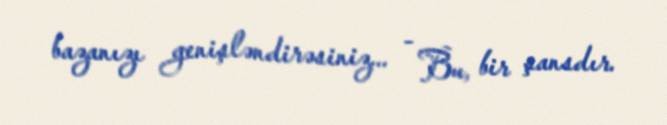
bazanızı genişləndirəsiniz... - Bu, bir şansdır.